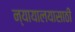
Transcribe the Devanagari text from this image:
न्यायालयासाठी